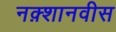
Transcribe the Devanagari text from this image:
नक़्शानवीस